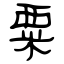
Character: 粟